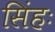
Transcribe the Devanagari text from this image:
सिंहः